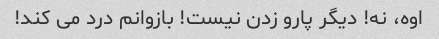
اوه، نه! دیگر پارو زدن نیست! بازوانم درد می کند!